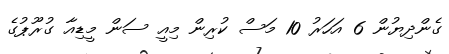
ގެންދިޔުން 6 އަހަރު 10 މަސް ކުރިން މިއީ ސަން މީޑިއާ ގުރޫޕުގެ